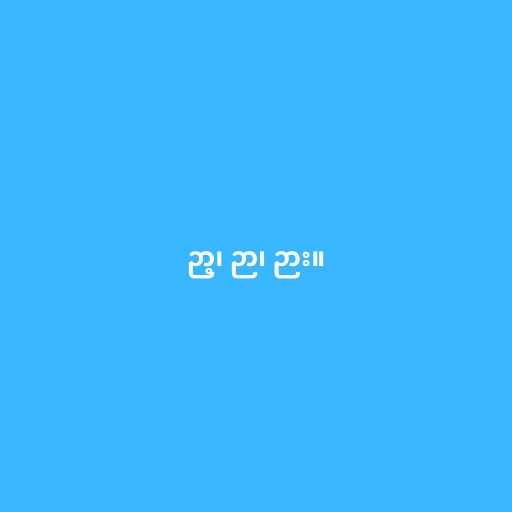
ဉာ့၊ ဉာ၊ ဉား။